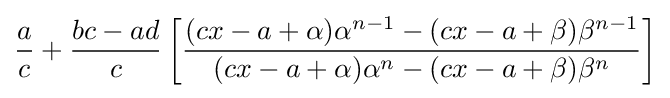
{\frac {a}{c}}+{\frac {bc-ad}{c}}\left[{\frac {(cx-a+\alpha )\alpha ^{n-1}-(cx-a+\beta )\beta ^{n-1}}{(cx-a+\alpha )\alpha ^{n}-(cx-a+\beta )\beta ^{n}}}\right]